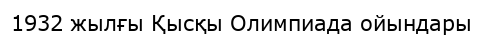
1932 жылғы Қысқы Олимпиада ойындары